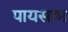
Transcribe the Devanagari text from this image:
पायसाभ